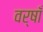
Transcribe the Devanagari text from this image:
वर्षाँ